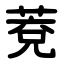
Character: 萒